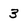
Character: 3